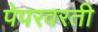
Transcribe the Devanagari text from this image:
पेपरवरती